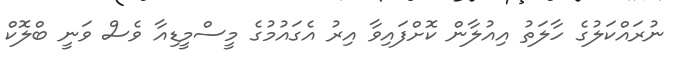
ނުރައްކަލުގެ ހާލަތު އިއުލާން ކޮށްފައިވާ އިރު އެގައުމުގެ މީސްމީޑިއާ ވެސް ވަނީ ބްލޮކް